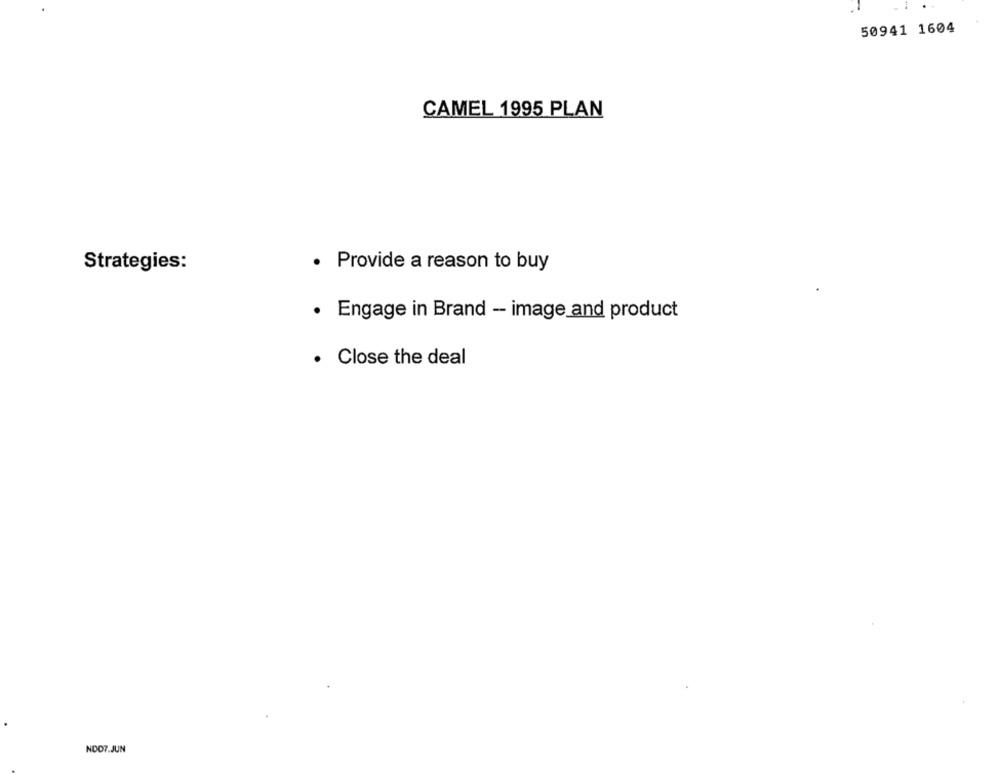
50941 1604
CAMEL 1995 PLAN
Strategies:
· Provide a reason to buy
· Engage in Brand - image and product
. Close the deal
NOD7.JUN